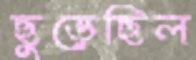
ছুড়েছিল